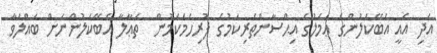
އަދި އެއީ އެބޭކަލުންގެ ޢަމަލުގެ އިޙްސާންތެރިކަމުގެ ފުރިހަމަކަމުން  ތަޢާލާ އެބޭކަލުންނަށް ބައްލަވާ